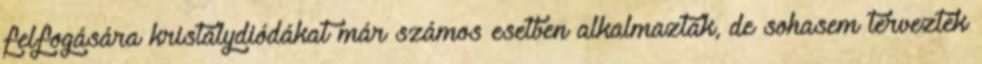
felfogására kristálydiódákat már számos esetben alkalmaztak, de sohasem tervezték